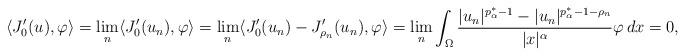
LaTeX: \begin{align*}\langle J_0'(u), \varphi\rangle=\lim_n\langle J_0'(u_n), \varphi\rangle=\lim_n\langle J_0'(u_n)-J'_{\rho_n}(u_n), \varphi\rangle=\lim_n\int_\Omega\frac{|u_n|^{p^*_\alpha-1}-|u_n|^{p^*_\alpha-1-\rho_n}}{|x|^\alpha}\varphi\, dx=0,\end{align*}